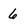
Character: 6